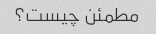
مطمئن چیست؟